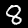
Label: 8